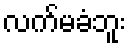
လက်မခံဘူး